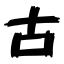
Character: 古